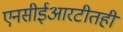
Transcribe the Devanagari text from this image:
एनसीईआरटीतही